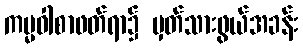
ကမ္မဝါစာဖတ်ရာ၌ မှတ်သားဖွယ်အခန်း